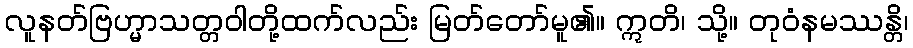
လူနတ်ဗြဟ္မာသတ္တဝါတို့ထက်လည်း မြတ်တော်မူ၏။ ဣတိ၊ သို့။ တုဝံနမဿန္တိ၊